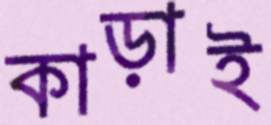
কাড়াই